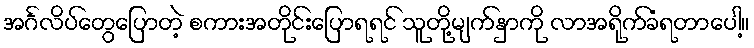
အင်္ဂလိပ်တွေပြောတဲ့ စကားအတိုင်းပြောရရင် သူတို့မျက်နှာကို လာအရိုက်ခံရတာပေါ့။